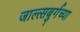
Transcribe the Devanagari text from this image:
जाल्त्सबुर्गच्या